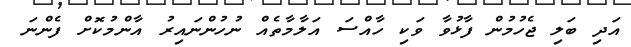
އަދި ބަލި ޖެހުމުން ފާޅުވާ ވަކި ހާއްސަ އަލާމާތެއް ނުހުންނައިރު އާންމުކޮށް ފެންނަ